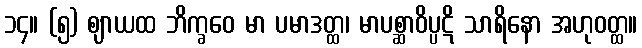
၁၄။ (၅) ဈာယထ ဘိက္ခဝေ မာ ပမာဒတ္ထ၊ မာပစ္ဆာဝိပ္ပဋိ သာရိနော အဟုဝတ္ထ။